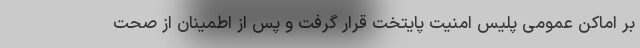
بر اماکن عمومی پلیس امنیت پایتخت قرار گرفت و پس از اطمینان از صحت